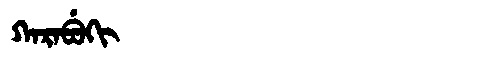
Manchu: ᡴᠠᡵᠠᠪᡠᡴᡳ
Romanization: KARABUKI